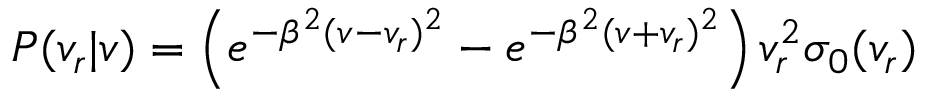
P ( v _ { r } | v ) = \left( e ^ { - \beta ^ { 2 } ( v - v _ { r } ) ^ { 2 } } - e ^ { - \beta ^ { 2 } ( v + v _ { r } ) ^ { 2 } } \right) v _ { r } ^ { 2 } \sigma _ { 0 } ( v _ { r } )